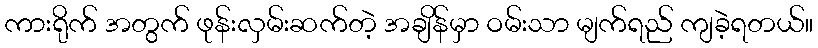
ကားရိုက် အတွက် ဖုန်းလှမ်းဆက်တဲ့ အချိန်မှာ ဝမ်းသာ မျက်ရည် ကျခဲ့ရတယ်။